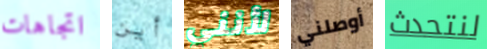
اتجاهات أين لأنني أوصلني لنتحدث